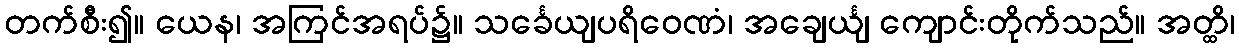
တက်စီး၍။ ယေန၊ အကြင်အရပ်၌။ သင်္ခေယျပရိဝေဏံ၊ အချေင်္ယျ ကျောင်းတိုက်သည်။ အတ္ထိ၊